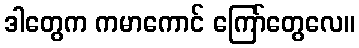
ဒါတွေက ကမာကောင် ကြော်တွေလေ။